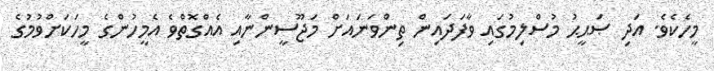
މީހެކެވެ. އަދި ޞަޙީޙު މުސްލިމުގައި ވާފަދައިން ތިންވަނައަށް މަޖޫސީންނާއި އެއްގޮތްވެ އެމީހުންގެ މީހަކަށްވުމުގެ